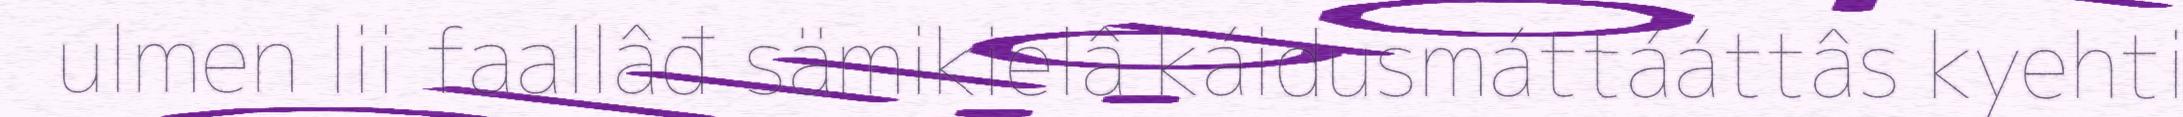
ulmen lii faallâđ sämikielâ káidusmáttááttâs kyehti